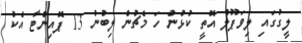
ލީގުގައި ލިވަޕޫލް އޮތީ ކުޅުނު ހަ މެޗުން ލިބުނު 13 ޕޮއިންޓާ އެކު